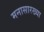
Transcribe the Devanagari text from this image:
मनासारख्या